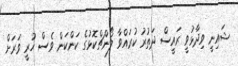
ޝައިނީ ވިދާޅުވީ ރައީސް ދަތުރު ކުރައްވާ ލޯންޗްކޮޅުގެ ކަންކަން ވެސް ހުރީ ވަރަށް